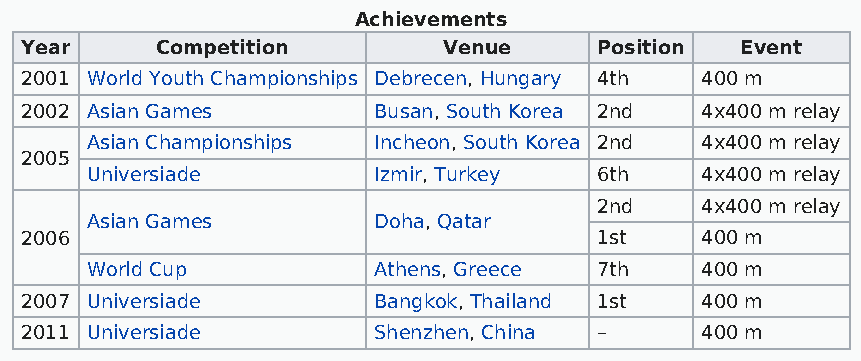
Achievements
 Year     Competition        Venue      Position Event
 2001 World Youth Championships Debrecen, Hungary 4th 400 m
 2002 Asian Games        Busan, South Korea 2nd 4x400 m relay
 Asian Championships Incheon, South Korea 2nd 4x400 m relay
 2005
 Universiade        Izmir, Turkey  6th   4x400 m relay
 2nd   4x400 m relay
 Asian Games        Doha, Qatar
 2006                                   1st   400 m
 World Cup          Athens, Greece 7th   400 m
 2007 Universiade        Bangkok, Thailand 1st 400 m
 2011 Universiade        Shenzhen, China –    400 m